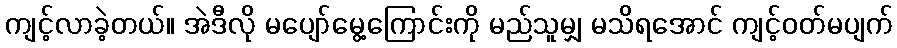
ကျင့်လာခဲ့တယ်။ အဲဒီလို မပျော်မွေ့ကြောင်းကို မည်သူမျှ မသိရအောင် ကျင့်ဝတ်မပျက်